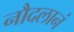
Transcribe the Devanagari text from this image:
नौदलानं